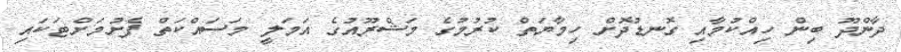
ދާންދޫ ބިން ހިއްކުމާއި ގޮނޑުދޮށް ހިމާޔަތް ކުރުމުގެ މަޝްރޫއުގެ އަމަލީ މަސައްކަތް ފެށުމަށްޓަކައި